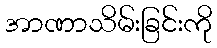
အာဏာသိမ်းခြင်းကို